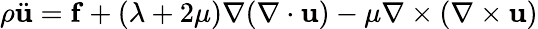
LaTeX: \rho{\ddot{\mathbf{u}}}=\mathbf{f}+(\lambda+2\mu)\nabla(\nabla\cdot\mathbf{u})-\mu\nabla\times(\nabla\times\mathbf{u})